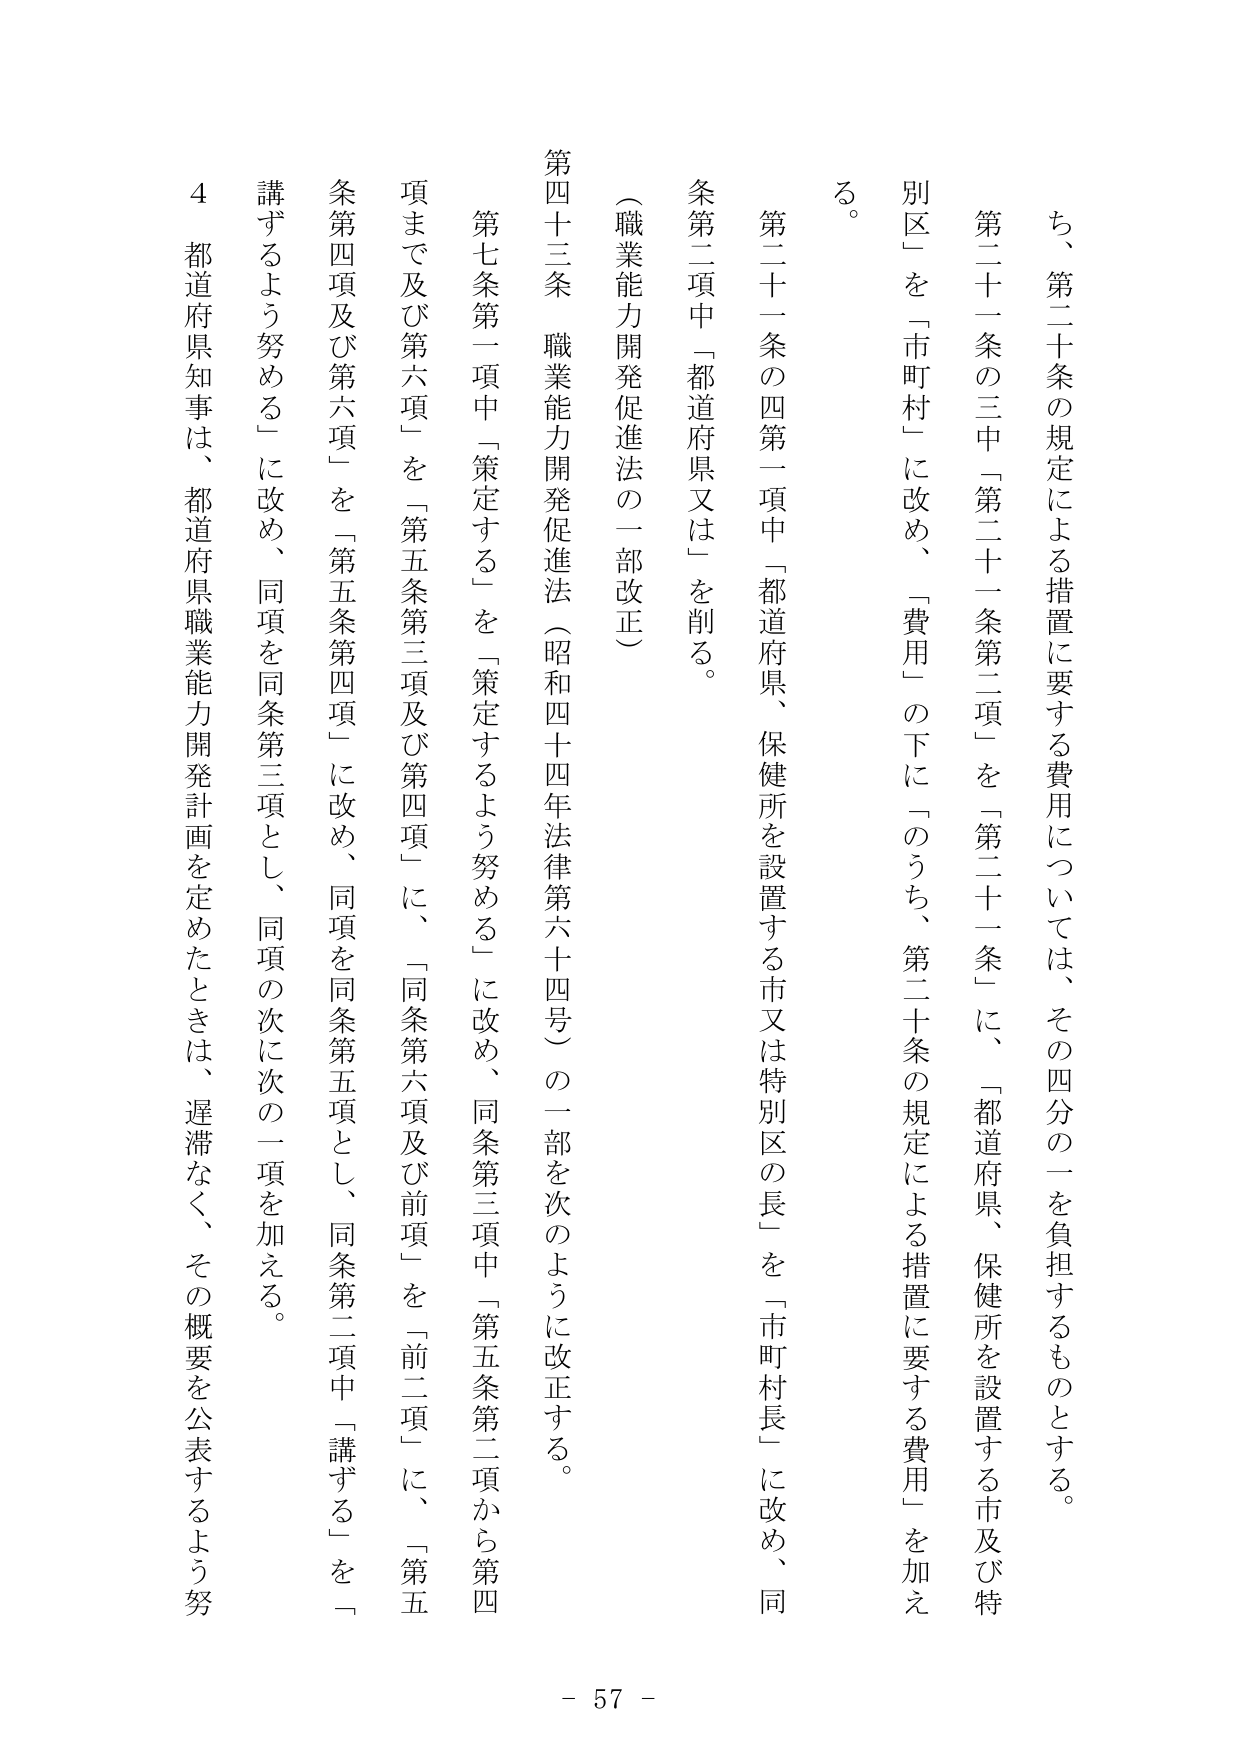
ち、第二十条の規定による措置に要する費用については、その四分の一を負担するものとする。

第二十一条の三中「第二十一条第二項」を「第二十一条」に、「都道府県、保健所を設置する市及び特別区」を「市町村」に改め、「費用」の下に「のうち、第二十条の規定による措置に要する費用」を加える。

第二十一条の四第一項中「都道府県、保健所を設置する市又は特別区の長」を「市町村長」に改め、同条第二項中「都道府県又は」を削る。

（職業能力開発促進法の一部改正）

第四十三条 職業能力開発促進法（昭和四十四年法律第六十四号）の一部を次のように改正する。

第七条第一項中「策定する」を「策定するよう努める」に改め、同条第三項中「第五条第二項から第四項まで及び第六項」を「第五条第三項及び第四項」に、「同条第六項及び前項」を「前二項」に、「第五条第四項及び第六項」を「第五条第四項」に改め、同項を同条第五項とし、同条第二項中「講ずる」を「講ずるよう努める」に改め、同項を同条第三項とし、同項の次に次の一項を加える。

４ 都道府県知事は、都道府県職業能力開発計画を定めたときは、遅滞なく、その概要を公表するよう努める。

- 57 -